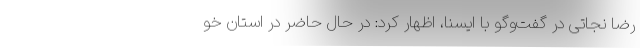
رضا نجاتی در گفت‌وگو با ایسنا، اظهار کرد: در حال حاضر در استان خو